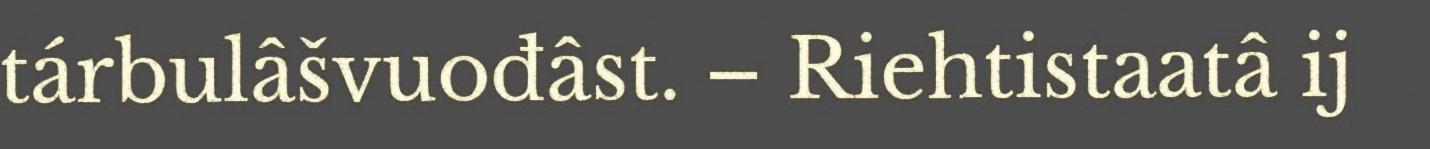
tárbulâšvuođâst. – Riehtistaatâ ij